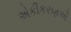
એકીકરણએ